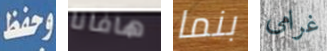
وحفظ هافانا بنما غرامى